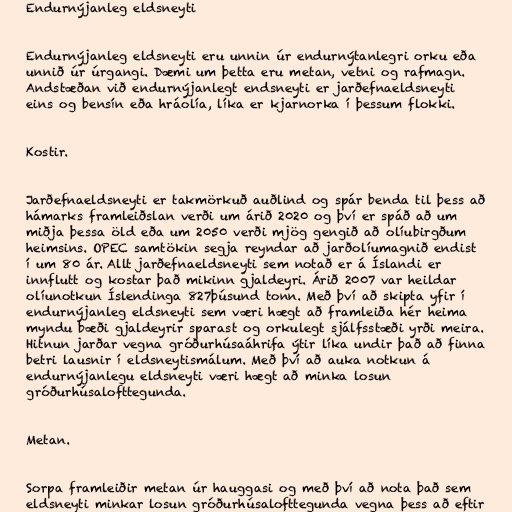
Endurnýjanleg eldsneyti

Endurnýjanleg eldsneyti eru unnin úr endurnýtanlegri orku eða
unnið úr úrgangi. Dæmi um þetta eru metan, vetni og rafmagn.
Andstæðan við endurnýjanlegt endsneyti er jarðefnaeldsneyti
eins og bensín eða hráolía, líka er kjarnorka í þessum flokki.

Kostir.

Jarðefnaeldsneyti er takmörkuð auðlind og spár benda til þess að
hámarks framleiðslan verði um árið 2020 og því er spáð að um
miðja þessa öld eða um 2050 verði mjög gengið að olíubirgðum
heimsins. OPEC samtökin segja reyndar að jarðolíumagnið endist
í um 80 ár. Allt jarðefnaeldsneyti sem notað er á Íslandi er
innflutt og kostar það mikinn gjaldeyri. Árið 2007 var heildar
olíunotkun Íslendinga 827þúsund tonn. Með því að skipta yfir í
endurnýjanleg eldsneyti sem væri hægt að framleiða hér heima
myndu bæði gjaldeyrir sparast og orkulegt sjálfsstæði yrði meira.
Hitnun jarðar vegna gróðurhúsaáhrifa ýtir líka undir það að finna
betri lausnir í eldsneytismálum. Með því að auka notkun á
endurnýjanlegu eldsneyti væri hægt að minka losun
gróðurhúsalofttegunda.

Metan.

Sorpa framleiðir metan úr hauggasi og með því að nota það sem
eldsneyti minkar losun gróðurhúsalofttegunda vegna þess að eftir